Indian journal of veterinary science and animal husbandry - Volume 11,
Year: 1941
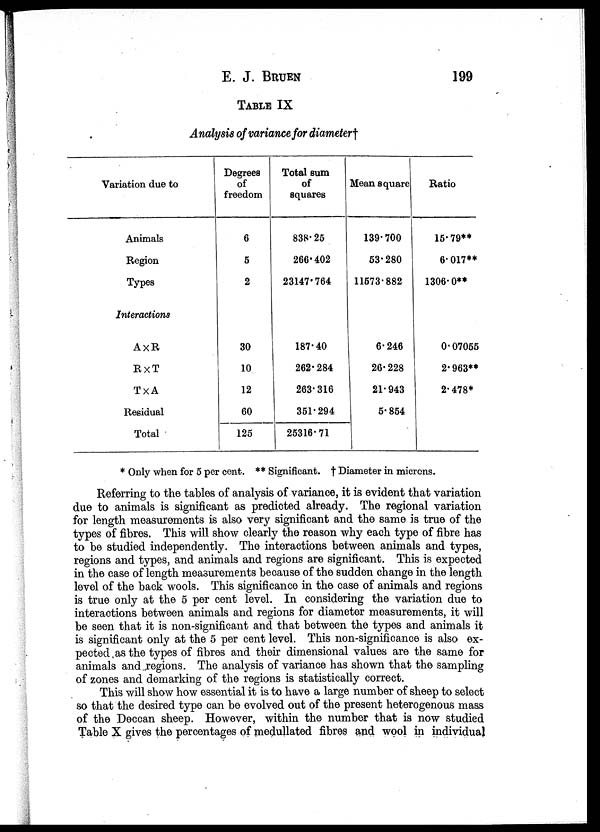
E. J. BRUEN 199
TABLE IX
Analysis of variance for diameter†
Variation due to
Animals
Region
Types
Interactions
A×R
R×T
T×A
Residual
Total
Degrees
of
freedom
6
5
2
30
10
12
60
125
Total sum
of
squares
838.25
266.402
23147.764
187.40
262.284
263.316
351.294
25316.71
Mean square
139.700
53.280
11673.882
6.246
26.228
21.943
5. 854
Ratio
15.79**
6.017**
1306.0**
0.07055
2.963**
2.478*
* Only when for 5 per cent. ** Significant. † Diameter in microns.
Referring to the tables of analysis of variance, it is evident that variation
due to animals is significant as predicted already. The regional variation
for length measurements is also very significant and the same is true of the
types of fibres. This will show clearly the reason why each type of fibre has
to be studied independently. The interactions between animals and types,
regions and types, and animals and regions are significant. This is expected
in the case of length measurements because of the sudden change in the length
level of the back wools. This significance in the case of animals and regions
is true only at the 5 per cent level. In considering the variation due to
interactions between animals and regions for diameter measurements, it will
be seen that it is non-significant and that between the types and animals it
is significant only at the 5 per cent level. This non-significance is also ex-
pected as the types of fibres and their dimensional values are the same for
animals and regions. The analysis of variance has shown that the sampling
of zones and demarking of the regions is statistically correct.
This will show how essential it is to have a large number of sheep to select
so that the desired type can be evolved out of the present heterogenous mass
of the Deccan sheep. However, within the number that is now studied
Table X gives the percentages of medullated fibres and wool in individual